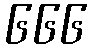
၆၆၆